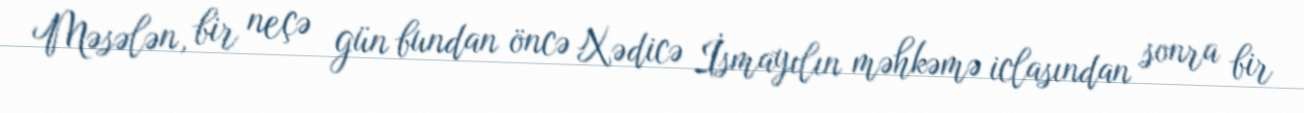
Məsələn, bir neçə gün bundan öncə Xədicə İsmayılın məhkəmə iclasından sonra bir